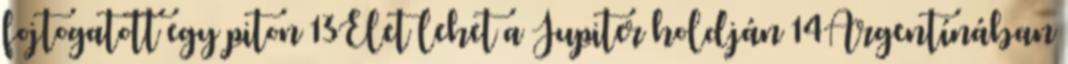
fojtogatott egy piton 13Élet lehet a Jupiter holdján 14Argentínában